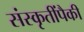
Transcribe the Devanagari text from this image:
संस्कृतींपैकी